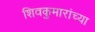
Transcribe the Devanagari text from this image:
शिवकुमारांच्या